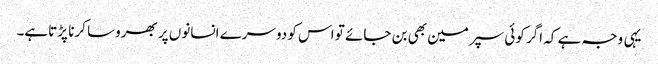
یہی وجہ ہے کہ اگر کوئی سپرمین بھی بن جائے تو اس کو دوسرے انسانوں پر بھروسا کرنا پڑتاہے۔